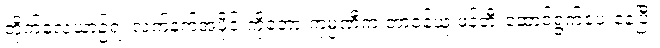
တိုက်လေယာဉ်ရဲ့ လက်နက်အပိုင်းကိုတော့ ကုမ္ပဏီက တာဝန်ယူ ဖန်တီးဆောင်ရွက်ပေးနေပြီး